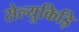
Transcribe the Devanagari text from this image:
सेल्युकिड़ि